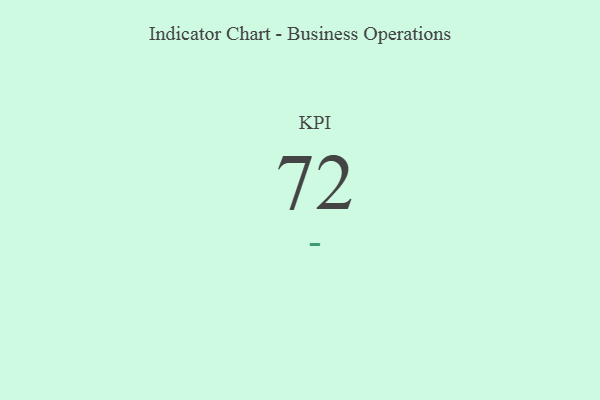
{"axis": {"x": "KPI", "y": "Value"}, "legend": [""], "data": [{"x": "KPI", "y": 72, "type": ""}]}